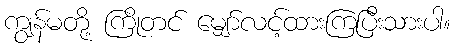
ကျွန်မတို့ ကြိုတင် မျှော်လင့်ထားကြပြီးသားပါ။